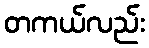
တကယ်လည်း